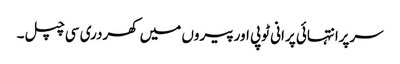
سرپرانتہائی پرانی ٹوپی اورپیروں میں کھردری سی چپل۔